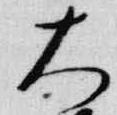
大